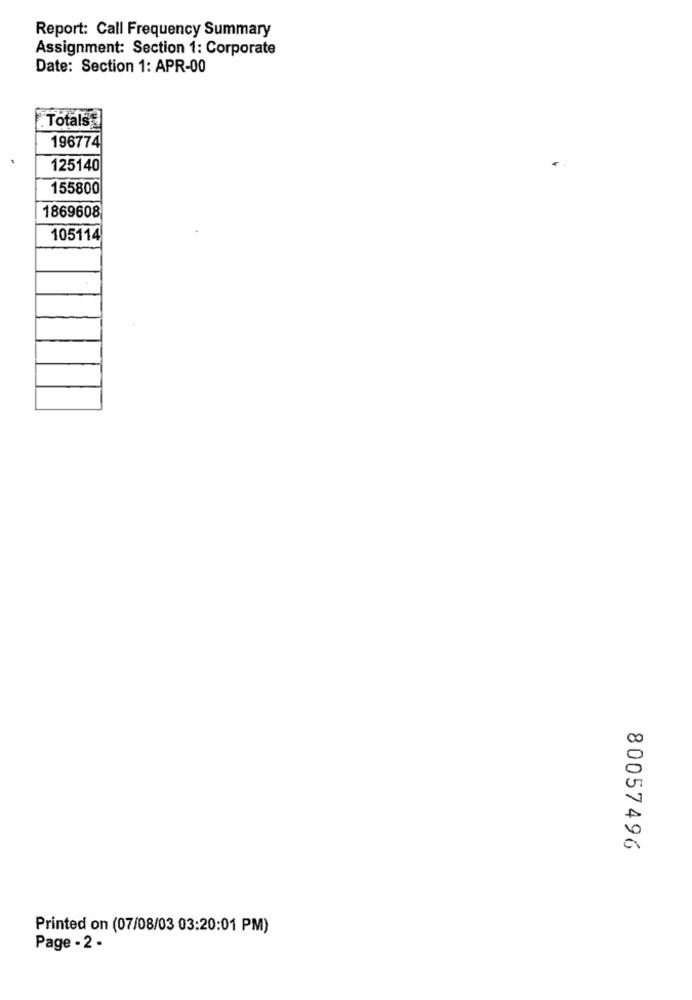
Report: Call Frequency Summary
Assignment: Section 1: Corporate
Date: Section 1: APR-00
Totals
196774
125140
155800
1869608
105114
80057496
Printed on (07/08/03 03:20:01 PM)
Page - 2 -